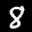
Label: 8